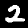
Label: 2